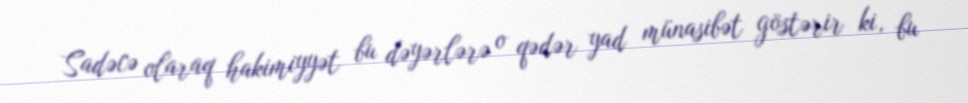
Sadəcə olaraq hakimiyyət bu dəyərlərə o qədər yad münasibət göstərir ki, bu